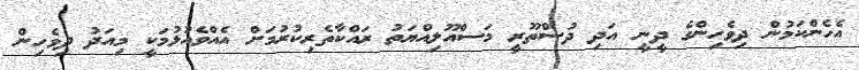
އެހެންކަމުން ދިިވެހިންގެ ދީނީ އަދި ދުސްތޫރީ މަސްއޫލިއްޔަތު ރައްކާތެރިކުރުމަށް އެއްވެއުޅުމަކީ މިއަދު ދިވެހިން